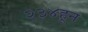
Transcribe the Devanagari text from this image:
२३४हून